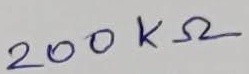
Text: 200KΩ